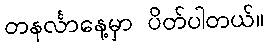
တနင်္လာနေ့မှာ ပိတ်ပါတယ်။